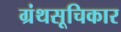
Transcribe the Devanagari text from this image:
ग्रंथसूचिकार